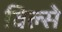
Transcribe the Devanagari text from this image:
विल्से